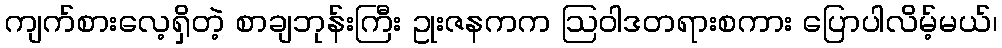
ကျက်စားလေ့ရှိတဲ့ စာချဘုန်းကြီး ဥုးဇနကက ဩဝါဒတရားစကား ပြောပါလိမ့်မယ်၊